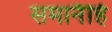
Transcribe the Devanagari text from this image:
समानैर्हि